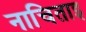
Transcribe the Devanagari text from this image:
नाचिताइ